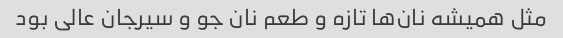
مثل همیشه نان‌ها تازه و طعم نان جو و سیرجان عالی بود